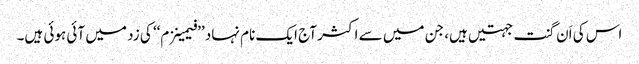
اس کی اَن گنت جہتیں ہیں، جن میں سے اکثر آج ایک نام نہاد ’’فیمینزم‘‘ کی زد میں آئی ہوئی ہیں۔